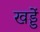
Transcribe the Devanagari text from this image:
खड्डें